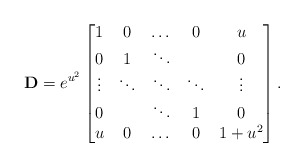
\begin{align*}\bold{D} = e^{u^2} \left[ \begin{matrix}1 & 0 & \dots & 0 & u \\0 & 1 & \ddots & & 0 \\\vdots & \ddots & \ddots & \ddots & \vdots \\0 & & \ddots & 1 & 0 \\u & 0 & \dots & 0 & 1+u^2 \end{matrix}\right].\end{align*}